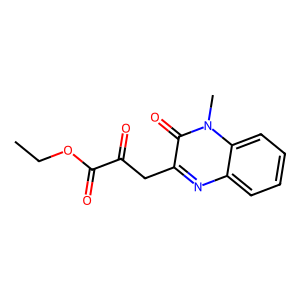
SMILES: CCOC(=O)C(=O)Cc1nc2ccccc2n(C)c1=O
Inhibits HIV replication: No